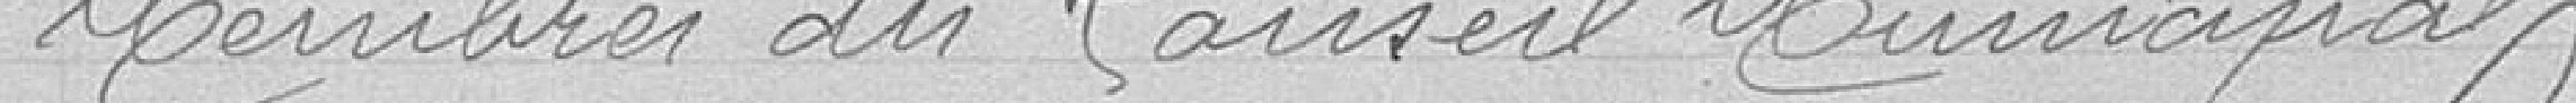
Membres du Conseil Municipal